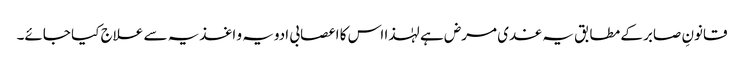
قانونِ صابر کے مطابق یہ غدی مرض ہے لہٰذا اس کا اعصابی ادویہ و اغذیہ سے علاج کیا جائے۔